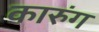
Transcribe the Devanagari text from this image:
कारुंग